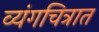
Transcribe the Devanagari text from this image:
व्यंगचित्रात